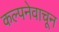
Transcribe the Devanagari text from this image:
कल्पनेवाचून